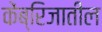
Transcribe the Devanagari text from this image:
केंब्रिजातील